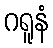
ဂရူနံ